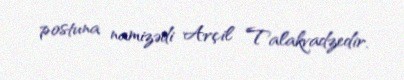
postuna namizədi Arçil Talakvadzedir.